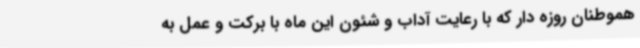
هموطنان روزه دار که با رعایت آداب و شئون این ماه با برکت و عمل به